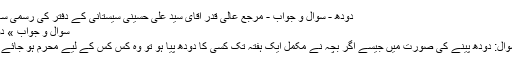
دودھ - سوال و جواب - مرجع عالی قدر اقای سید علی حسینی سیستانی کے دفتر کی رسمی سائٹ
سوال و جواب » دودھ
۱ سوال: دودھ پینے کی صورت میں جیسے اگر بچہ نے مکمل ایک ہفتہ تک کسی کا دودھ پیا ہو تو وہ کس کس کے لیے محرم ہو جائے گا؟